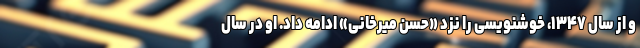
و از سال ۱۳۴۷، خوشنویسی را نزد «حسن میرخانی» ادامه داد. او در سال